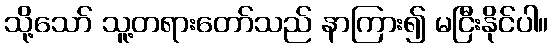
သို့သော် သူ့တရားတော်သည် နာကြား၍ မငြီးနိုင်ပါ။